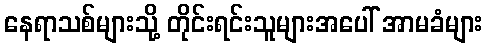
နေရာသစ်များသို့ တိုင်းရင်းသူများအပေါ် အာမခံများ